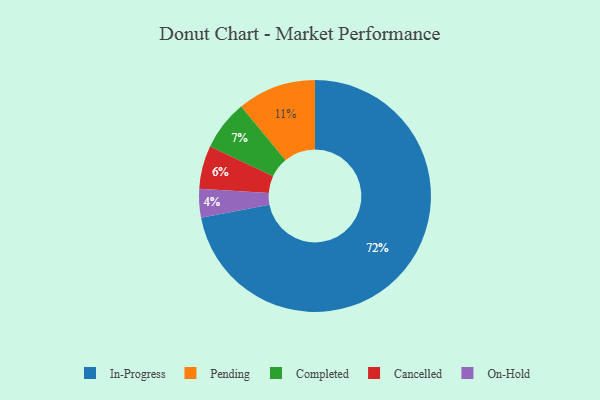
{"axis": {"x": "Category", "y": "Percentage"}, "legend": ["Cancelled", "Completed", "In-Progress", "On-Hold", "Pending"], "data": [{"x": "Cancelled", "y": 6, "type": "Cancelled"}, {"x": "On-Hold", "y": 4, "type": "On-Hold"}, {"x": "Completed", "y": 7, "type": "Completed"}, {"x": "Pending", "y": 11, "type": "Pending"}, {"x": "In-Progress", "y": 72, "type": "In-Progress"}]}